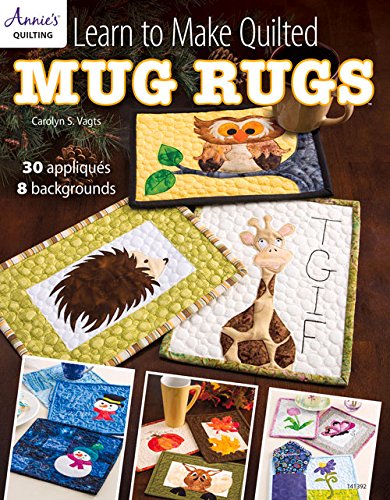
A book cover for Learn to Make Quilted Mug Rugs; Carolyn Vagts; Crafts, Hobbies & Home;